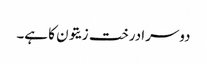
دوسرا درخت زیتون کا ہے۔